Civil Veterinary Department Bihar & Orissa reports 1929-36 - 1929-1936
Year: 1929
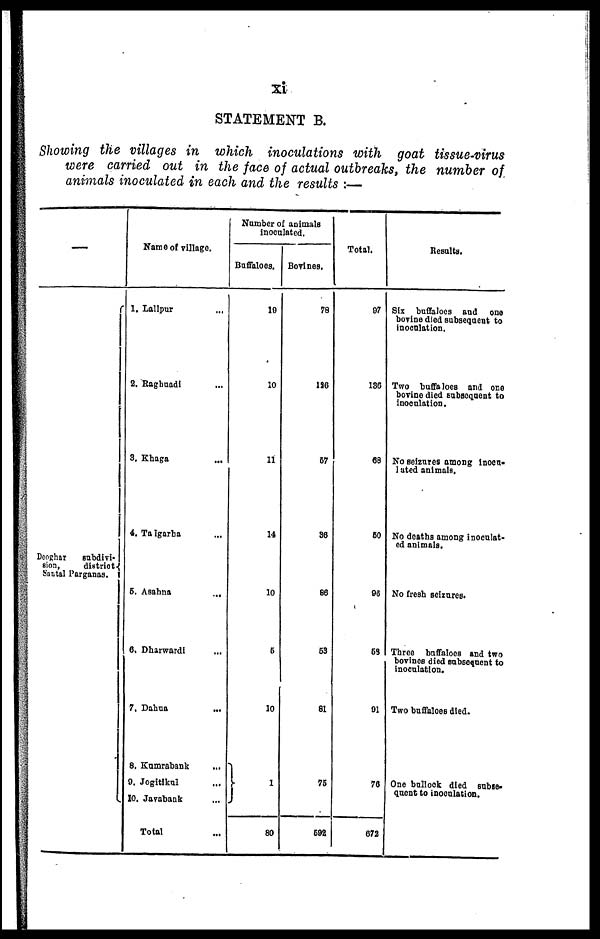
xi
STATEMENT B.
Showing the villages in which inoculations with goat tissue-virus
were carried out in the face of actual outbreaks, the number of
animals inoculated in each and the results:—
—
Deoghar
subdivi-
sion,
district
Santal Parganas.
Name of village.
1. Lallpur
...
2. Raghuadi ...
3. Khaga ...
4. Talgarha ...
5. Asahna
...
6. Dharwardi ...
7. Dahua ...
8. Kumrabank ...
9. Jogitikul ...
10. Javabank ...
Total ...
Number of animals
inoculated.
Buffaloes.
19
10
11
14
10
5
10
1
80
Bovines.
78
126
67
86
86
53
81
75
592
Total.
97
186
68
50
96
53
91
76
672
Results.
Six buffaloes and one
bovine died subsequent to
inoculation.
Two buffaloes and one
bovine died subsequent to
inoculation.
No seizures among inocn-
lated animals.
No deaths among inoculat-
ed animals.
No fresh seizures.
Three buffaloes and two
bovines died subsequent to
inoculation.
Two buffaloes died.
One bullock died subse-
quent to inoculation.